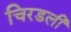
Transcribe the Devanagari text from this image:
चिरडली